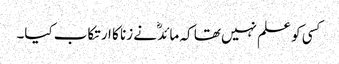
کسی کو علم نہیں تھا کہ مائدؓ نے زنا کا ارتکاب کیا۔